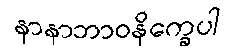
နာနာဘာဝနိက္ခေပါ